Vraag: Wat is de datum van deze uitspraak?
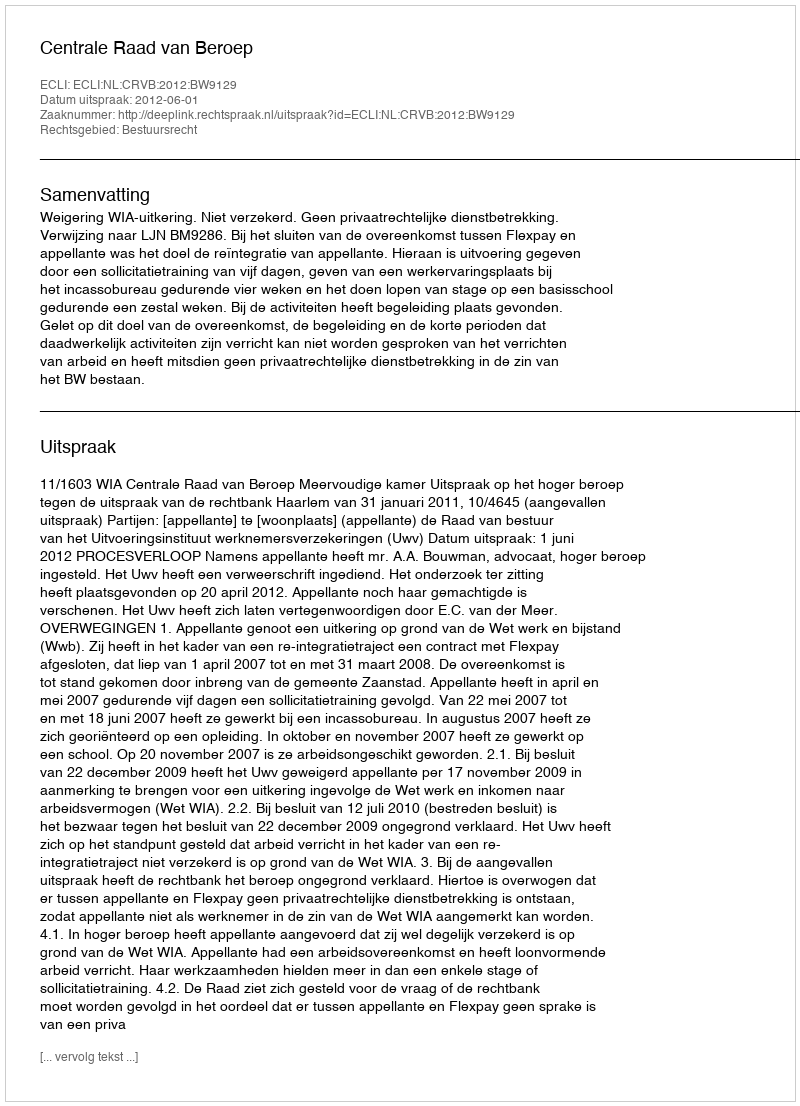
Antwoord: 2012-06-01